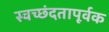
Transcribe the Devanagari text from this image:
स्वच्छंदतापूर्वक